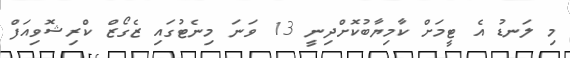
މި ލަނޑު އެ ޓީމަށް ކާމިޔާބުކޮށްދިނީ 13 ވަނަ މިނެޓުގައި ޒެގޯޒް ކްރިޝޮވިއަފް